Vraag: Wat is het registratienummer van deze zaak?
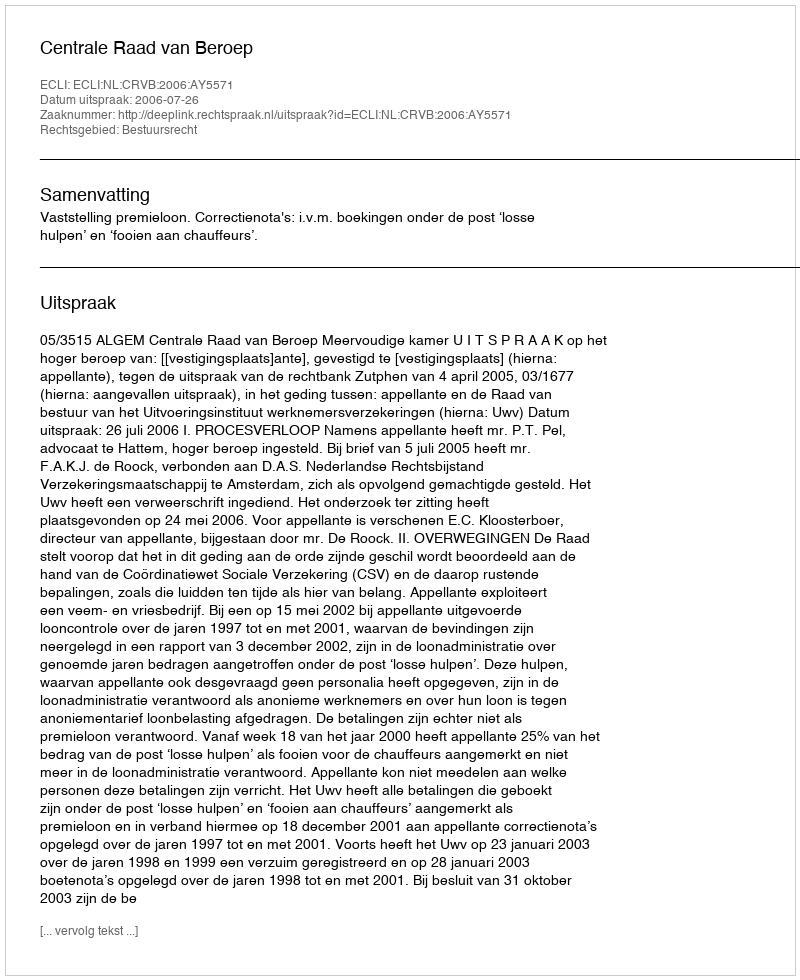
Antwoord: http://deeplink.rechtspraak.nl/uitspraak?id=ECLI:NL:CRVB:2006:AY5571